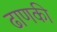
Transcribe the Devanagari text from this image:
ढाणकी